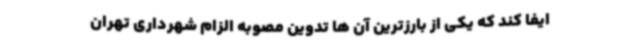
ایفا کند که یکی از بارزترین آن ها تدوین مصوبه الزام شهرداری تهران